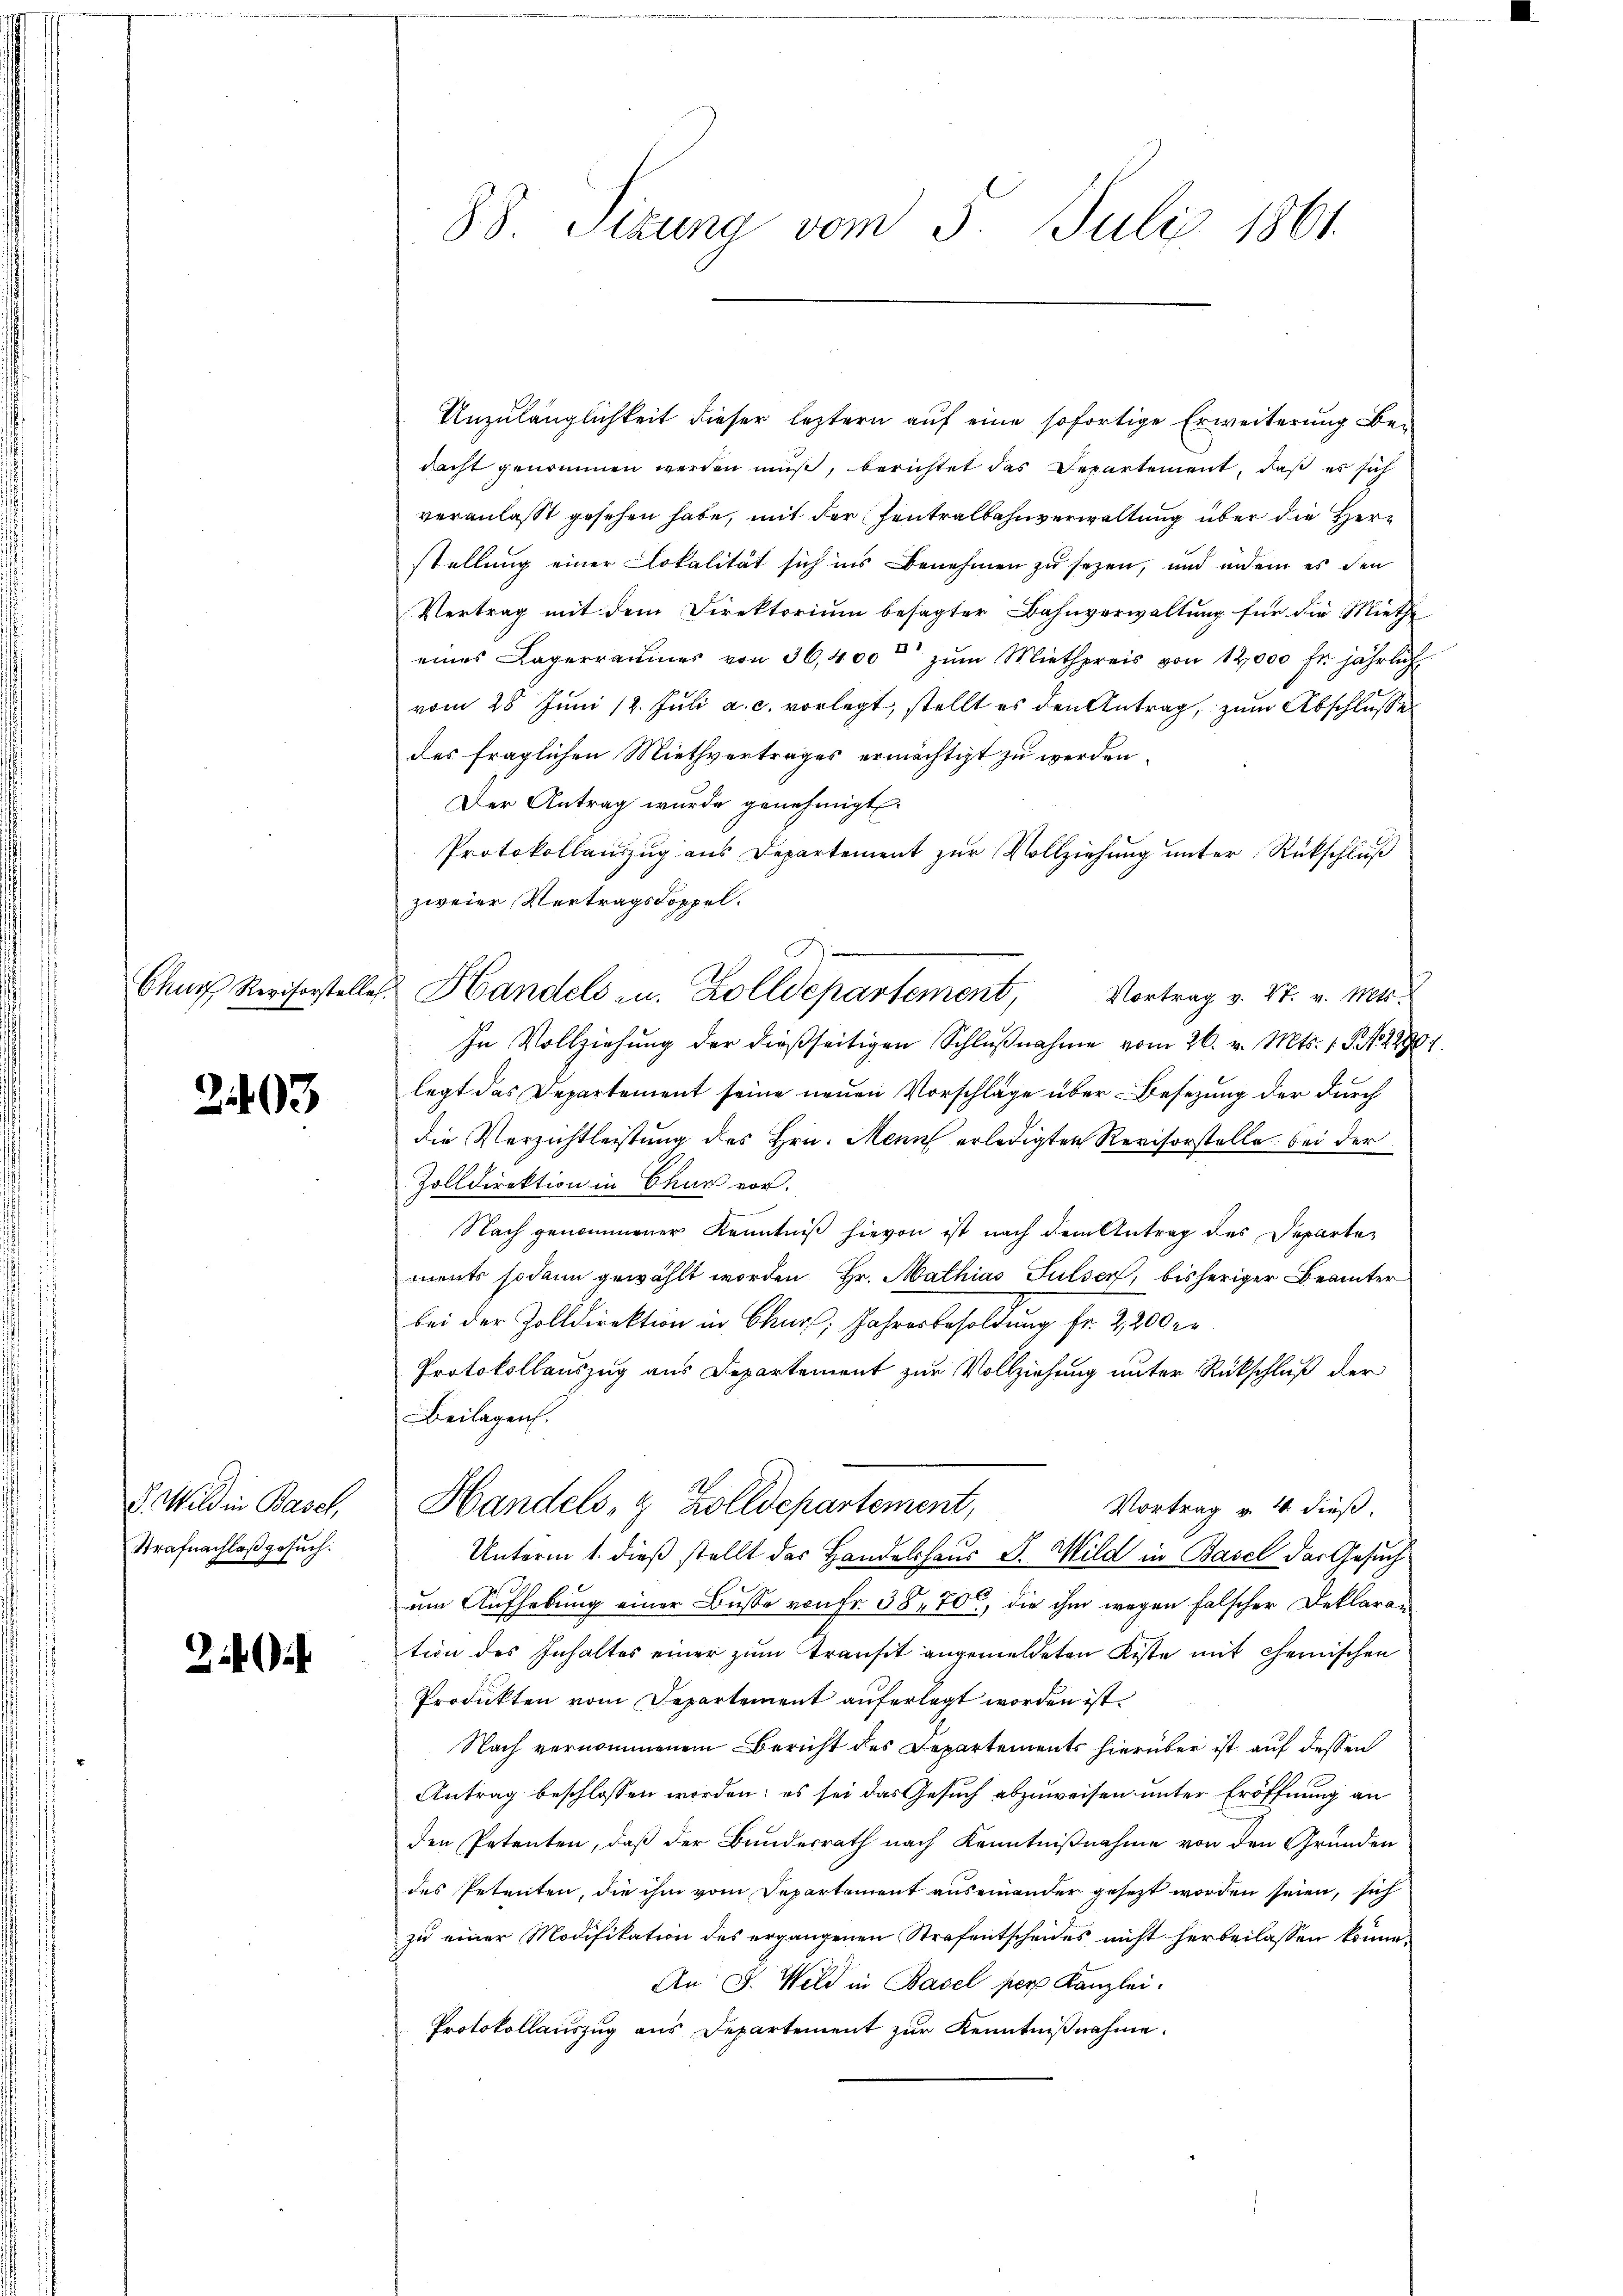
Chur Revisorstelle

2403

d. Wild in Basel,
Strafnachlaß gesuch:

88 Sizung vom 3. Juli 1861.

.
 Handels- u. Zolldepartement, Vortrag v. 27. v. Mts.

Anzulänglichkeit dieser leztern auf eine sofortige Erweiterung Bedacht genommen werden muß, berichtet das Departement, daß es sich
veranlaßt gesehen habe, mit der Zentralbahnverwaltung über die Herstellung einer Lokalität sich ins Benehmen zu sezen, und indem es den
Vertrag mit dem Direktorium besagter Bahnverwaltung für die Miethe
eines Lagerraumes von 36,400 zŭm Miethpreis von 12,000 fr. jährlich
vom 28 Juni 12. Juli a. c. vorlegt, stellt es den Antrag, zum Abschlusse
des fraglichen Miethvertrages ermächtigt zu werden.
Der Antrag wurde genehmigt.
Protokollanzzug aus Departement zŭr Vollziehŭng ŭnter Rückschlŭβ
zweier Vertragsdoppel.
In Vollziehung der dießseitigen Schlŭβnahme vom 26. v. Mts. 1. P. Nr. 229
legt das Departement seine neuen Vorschläge über Besezung der durch
die Verzichtleistung des Hrn. Menn erledigten Revisorstelle bei der
Zolldirektion in Chur vor.
Nach genommener Kenntniβ hievon ist nach dem Antrag des Departements sodann gewählt worden. Hr. Mathias Sulser, bisheriger Beamter
bei der Zolldirektion in Chur, Jahresbesoldung fr. 2,200 r.
Protokollauszug aus Departement zur Vollziehung unter Rückschluß der
Beilagen.
Handels- & Zolldepartement,
Vortrag v. 4. dieß.
Unterm 1. dieß stellt das Handelshaus J. Wild in Basel das Gesuch
um Aufhebung einer Busse von Fr. 38, 700, die ihm wegen falscher Deklaration des Inhaltes einer zum Transit angemeldeten Kiste mit chemischen
Produkten vom Departement auferlegt worden ist.
Nach vernommenem Bericht des Departements hierüber ist auf dessen
Antrag beschlossen worden; es sei das Gesuch abzuweisen unter Eröffnung an
den Petenten, daß der Bundesrath nach Kenntnißnahme von den Gründen
des Petenten, die ihm vom Departement auseinander gesezt worden seien, sich
zu einer Modifikation des ergangenen Strafentscheides nicht herbeilassen könne.
An J. Wild in Basel per Kanzlei.
Protokollauszug aus Departement zur Kenntnißnahme.